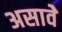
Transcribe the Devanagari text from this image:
असावेे